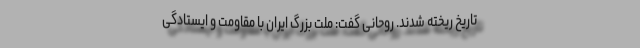
تاریخ ریخته شدند. روحانی گفت: ملت بزرگ ایران با مقاومت و ایستادگی